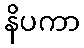
နိပကာ